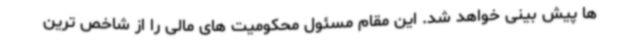
ها پیش بینی خواهد شد. این مقام مسئول محکومیت های مالی را از شاخص ترین